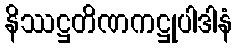
နိဿဋ္ဌတိဏကဋ္ဌုပါဒါနံ